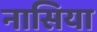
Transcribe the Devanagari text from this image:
नासिया